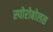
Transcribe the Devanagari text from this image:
स्पोरोबोलस